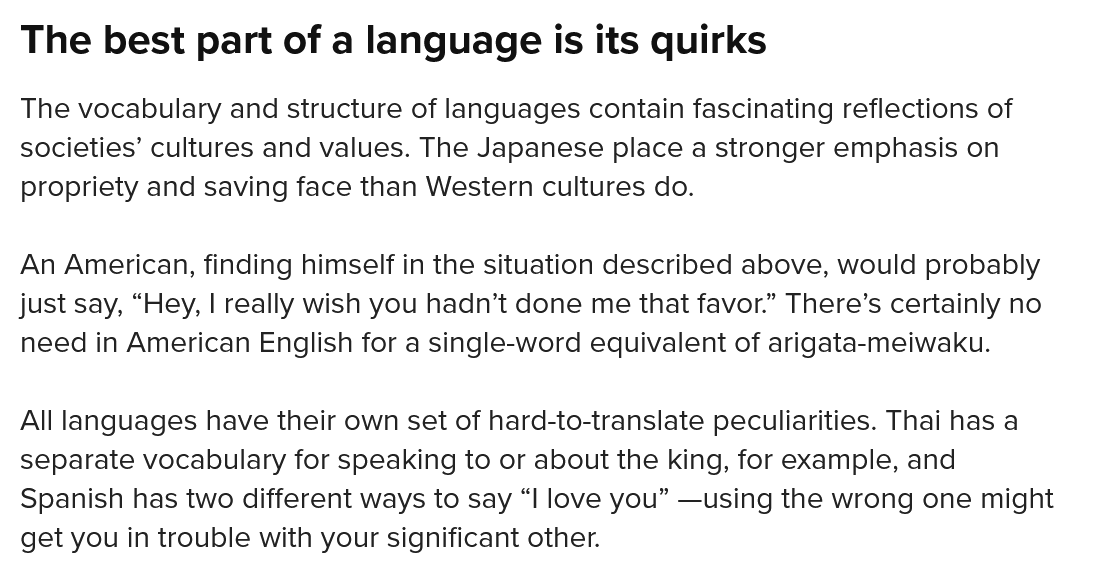
The   best part   of a  language  is   its quirks
  The vocabulary and structure of languages contain fascinating reflections of
  societies’ cultures and values. The Japanese place a stronger emphasis on
  propriety and saving face than Western cultures do.
  An American, finding himself in the situation described above, would probably
  just say, “Hey, | really wish you hadn’t done me that favor.” There’s certainly no
  need in American English for a single-word equivalent of arigata-meiwaku.
  All languages have their own set of hard-to-translate peculiarities. Thai has a
  separate vocabulary for speaking to or about the king, for example, and
  Spanish has two different ways to say “I love you” —using the wrong one might
  get you in trouble with your significant other.